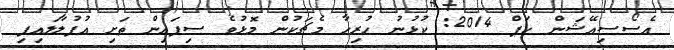
އެސޯސިއޭޝަން ކަޕް 2014: ކުޅުނު ހުރިހާ މެޗަކުން މޮޅުވެ ސިފައިން ތަށި އުފުލާލައިފި